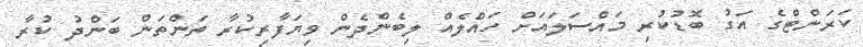
ކަރަންޓްގެ އަގު ބޮޑުކުރި މައްސަލައަށް ހައްލެއް ލިބެންދެން ވިޔަފާރިކުރާ ތަންތަން ބަންދު ކުރާ